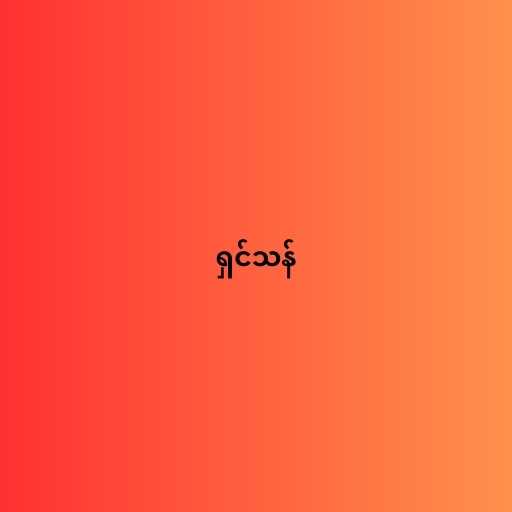
ရှင်သန်